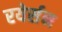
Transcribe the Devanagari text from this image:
रयेर्सन